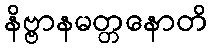
နိဗ္ဗာနမတ္တနောတိ